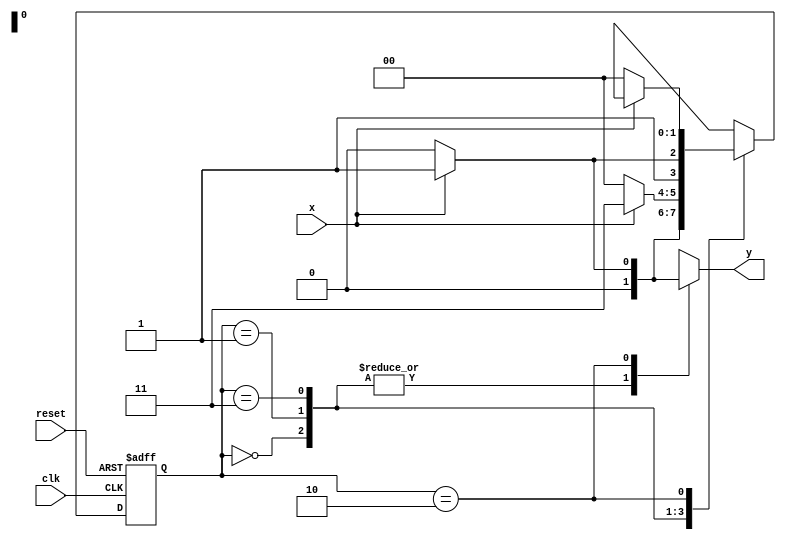
/*
 * Mealy_1101 - MEALY-ONCE
 * Nome Gabriel Vargas Bento de Souza
 */

/*
 -----------------
 --- Mealy FSM ---
 -----------------
*/

/*
                    Mealy FSM Diagram
                   ____________________
                  /                    \
           1    v     1           0  1 |    // found
[start] ---> [id1] ---> [id11] ---> [id110]
  ^  \0      0 |       1 /   ^       0 |    // not found
  \_/         /          \__/          |
   \________/                          |
    \                                  |
     \________________________________/
*/

// constant definitions
`define found     1
`define notfound  0
`define none      1'bx

// FSM by Mealy
module mealy_1101_once ( y, x, clk, reset );
   output y;
   input  x;
   input  clk;
   input  reset;

   reg    y;

   parameter          // state identifiers
     start = 2'b00,
     id1   = 2'b01,
     id11  = 2'b11,
     id110 = 2'b10,
     idxxx = 2'bxx;
     
     reg [1:0] E1;    // current state variables
     reg [1:0] E2;    // next state logic output
     
   // next state logic
   always @( x or E1 )
     begin
        y = `notfound;
        case ( E1 )
          start:
            if ( x )
              E2 = id1;
            else
              E2 = start;
          id1:
            if ( x )
              E2 = id11;
            else
              E2 = start;
          id11:
            if ( x )
              E2 = id11;
            else
              E2 = id110;
          id110:
            if ( x )
              begin
                E2 = idxxx;
                y  = `found;
              end
            else
              begin
                E2 = start;
                y  = `notfound;
              end

          default:     // undefined state
            begin
              E2 = 2'bxx;
              y  = `none;
            end
        endcase
     end  // always at signal or state changing

   // state variables
   always @( posedge clk or negedge reset )
     begin
        if ( reset )
          E1 = E2;  // updates current state
        else
          E1 = 0;   // reset
     end // always at signal changing

endmodule // mealy_1101